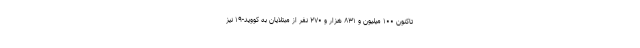
تاکنون ۱۰۰ میلیون و ۸۳۱ هزار و ۲۷۰ نفر از مبتلایان به کووید-۱۹ نیز